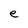
Character: e